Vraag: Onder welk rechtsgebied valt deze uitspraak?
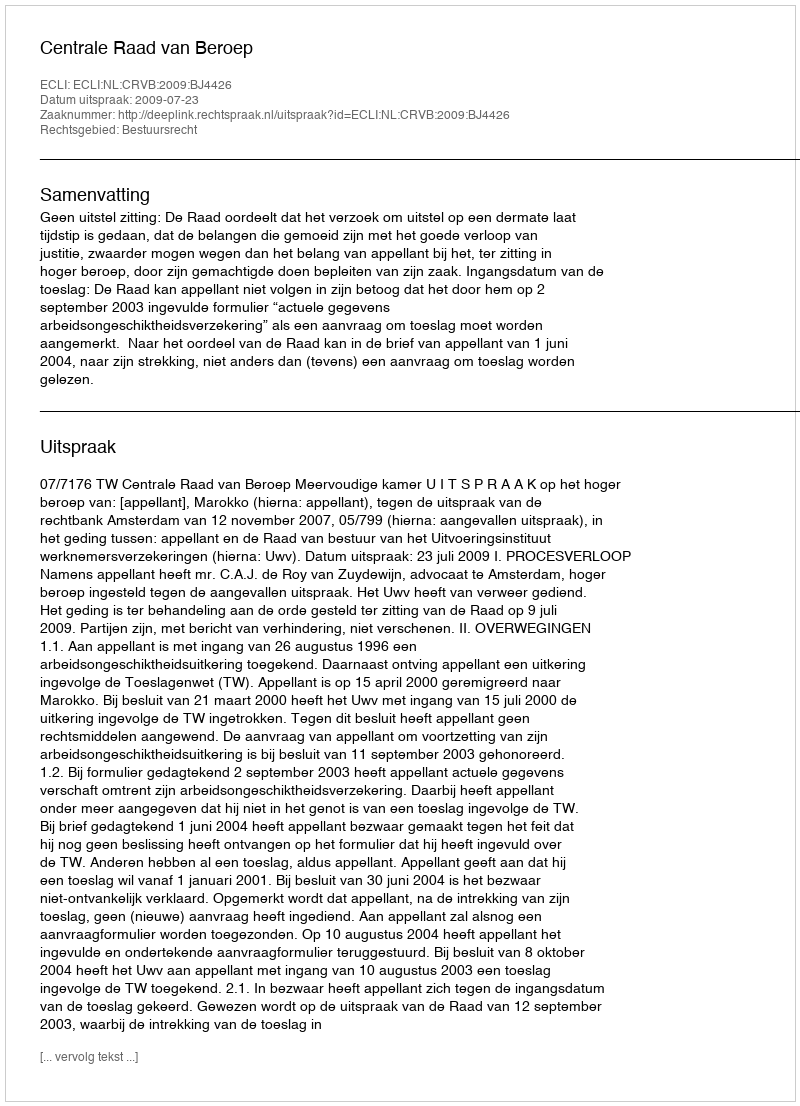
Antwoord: Bestuursrecht